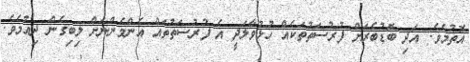
އޮތުމެވެ. އަދި ބޮޑުބެރަށް ފުރުސަތުތަކެއް ހުޅުވާލަދީ އެ ފުރުސަތުތައް އެންމެންނަށް ލިބިގެން ދިއުމެވެ.